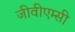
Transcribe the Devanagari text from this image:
जीवीएम्सी